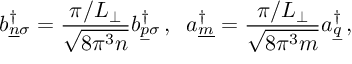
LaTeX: b _ { \underline { { { n } } } \sigma } ^ { \dagger } = \frac { \pi / L _ { \perp } } { \sqrt { 8 \pi ^ { 3 } n } } b _ { \underline { { { p } } } \sigma } ^ { \dagger } \, , \; \; a _ { \underline { { { m } } } } ^ { \dagger } = \frac { \pi / L _ { \perp } } { \sqrt { 8 \pi ^ { 3 } m } } a _ { \underline { { { q } } } } ^ { \dagger } \, , \; \;